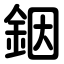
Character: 銦